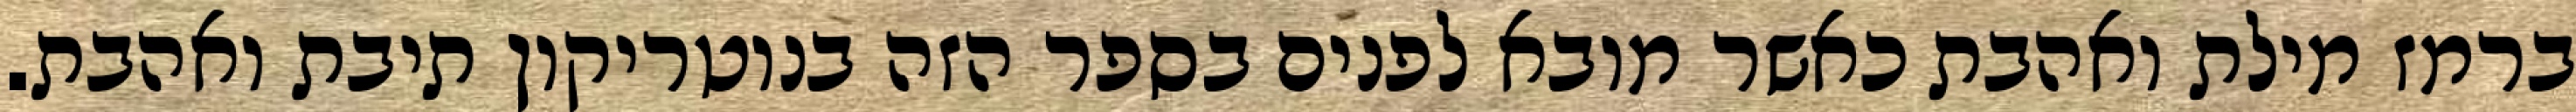
ברמז מילת ואהבת כאשר מובא לפנים בספר הזה בנוטריקון תיבת ואהבת.